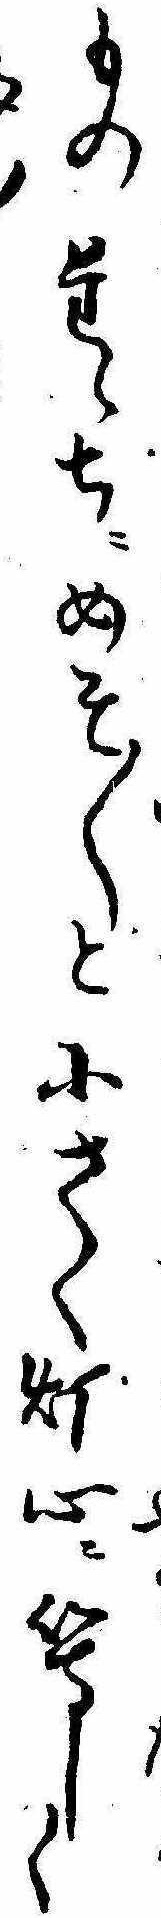
ものたゝちにめそ〱と小さく灯心に等しく